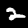
Label: 2